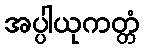
အပ္ပါယုကတ္တံ